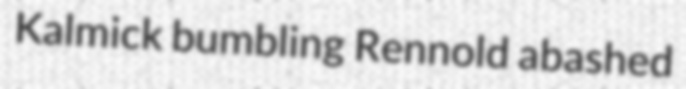
Kalmick bumbling Rennold abashed